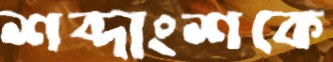
শব্দাংশকে